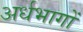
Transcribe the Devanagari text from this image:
अर्धभागों